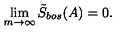
\lim _ { m \rightarrow \infty } \tilde { S } _ { b o s } ( A ) = 0 .